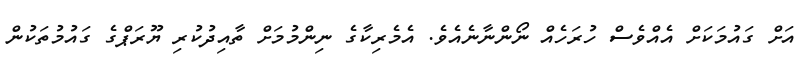
އަށް ގައުމަކަށް އެއްވެސް ހުރަހެއް ނޯންނާނެއެވެ. އެމެރިކާގެ ނިންމުމަށް ތާއިދުކުރި ޔޫރަޕްގެ ގައުމުތަކުން